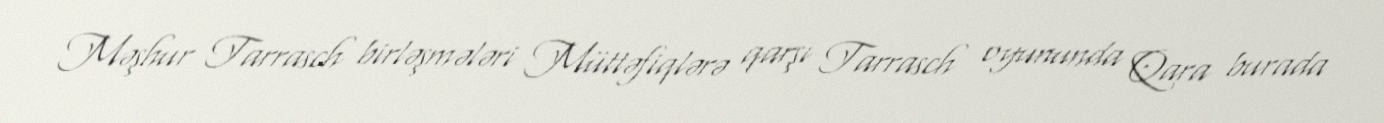
Məşhur Tarrasch birləşmələri Müttəfiqlərə qarşı Tarrasch oyununda Qara burada